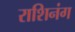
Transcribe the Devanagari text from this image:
राशिनंग